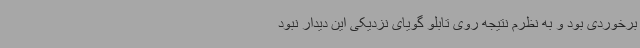
برخوردی بود و به نظرم نتیجه روی تابلو گویای نزدیکی این دیدار نبود